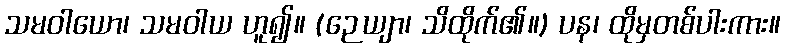
သမဝါယော၊ သမဝါယ ဟူ၍။ (ဉေယျာ၊ သိထိုက်၏။) ပန၊ ထိုမှတစ်ပါးကား။